Annual vaccination report of Bihar and Orissa - 1911-1928
Year: 1911
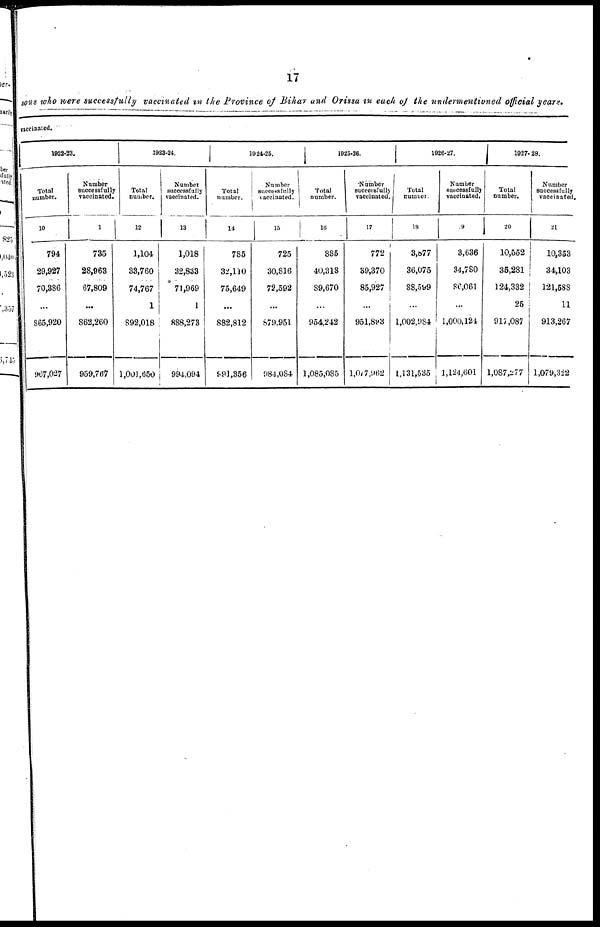
17
sons who were successfully vaccinated in the Province of Bihar and Orissa in each of the undermentioned official years.
vaccinated.
1922-23.
Total
number.
10
794
29,927
70,386
...
865,920
967,027
Number
successfully
vaccinated.
11
735
28,963
67,809
...
862,260
959,767
1923-24.
Total
number.
12
1,104
33,760
74,767
1
892,018
1,001,650
Number
successfully
vaccinated.
13
1,018
32,833
71,969
1
888,273
994,094
1924-25.
Total
number.
14
785
32,110
75,649
...
882,812
991,356
Number
successfully
vaccinated.
15
725
30,816
72,592
...
879,951
984,084
1925-26.
Total
number.
16
885
40,318
89,670
...
954,242
1,085,085
Number
successfully
vaccinated.
17
772
39,370
85,927
...
951,893
1,077,962
1926-27.
Total
number.
18
3,877
36,075
88,599
...
1,002,984
1,131,535
Number
successfully
vaccinated.
19
3,636
34,780
86,061
...
1,000,124
1,124,601
1927- 28.
Total
number.
20
10,552
35,281
124,332
25
917,087
1,087,277
Number
successfully
vaccinated
21
10,353
34,103
121,588
11
913,267
1,079,322